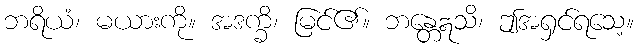
ဘရိယံ၊ မယားကို။ အဒက္ခိ၊ မြင်၏။ ဘန္တေဣသိ၊ ဤအရှင်ရသေ့။